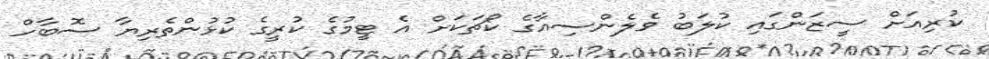
ކުރިއަށް ސީޒަންގައި ކުލަބު ވެލެންސިއާގެ ކޯޗަކަށް އެ ޓީމުގެ ކުރީގެ ކުޅުންތެރިޔާ ސޮބާހް